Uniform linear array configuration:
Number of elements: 24
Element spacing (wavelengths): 0.75
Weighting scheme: exponential
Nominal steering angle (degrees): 45
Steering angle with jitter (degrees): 45.218
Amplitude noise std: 0.05
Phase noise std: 0.05

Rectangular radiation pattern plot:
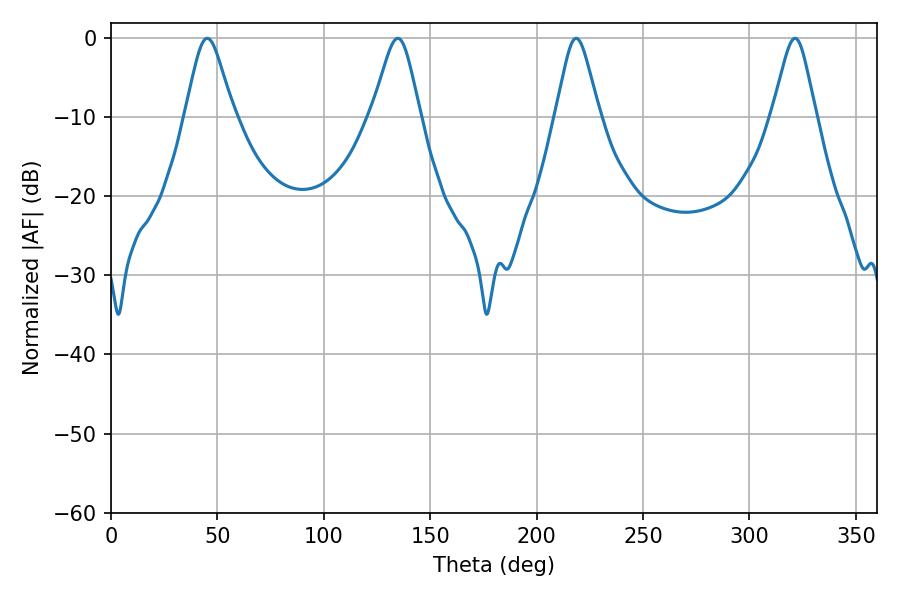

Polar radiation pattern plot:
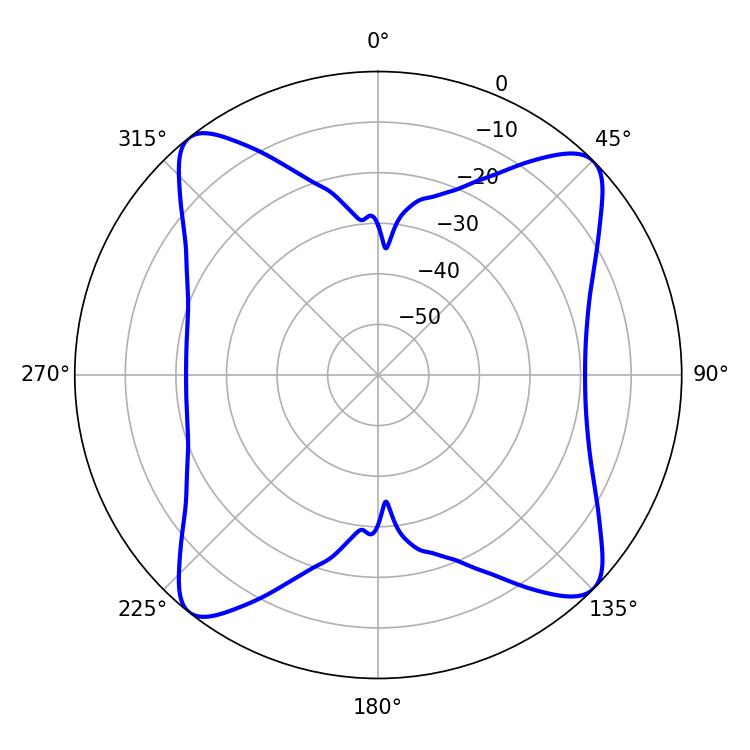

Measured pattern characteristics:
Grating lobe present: TRUE
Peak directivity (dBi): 14.194
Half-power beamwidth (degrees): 10.98
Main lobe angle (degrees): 45.18